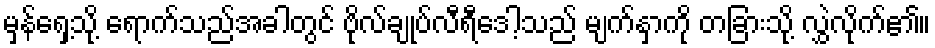
မှန်ရှေ့သို့ ရောက်သည်အခါတွင် ဗိုလ်ချုပ်လီရီဒေါ့သည် မျက်နှာကို တခြားသို့ လွှဲလိုက်၏။